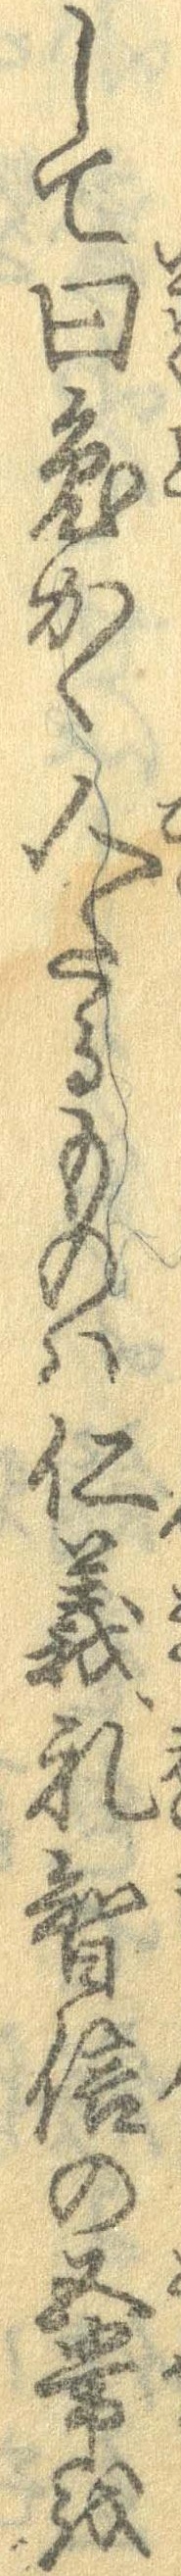
して曰兎かく人たるものは仁義礼智信の五常を